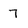
Character: 7